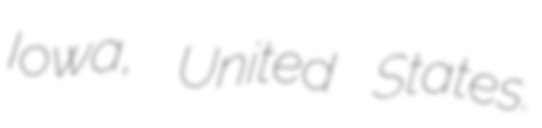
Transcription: Iowa, United States.